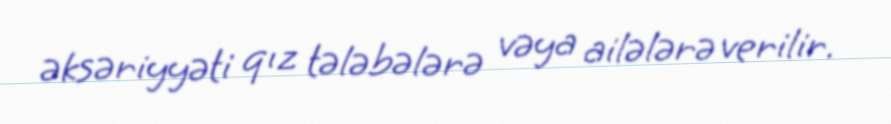
əksəriyyəti qız tələbələrə vəya ailələrə verilir.